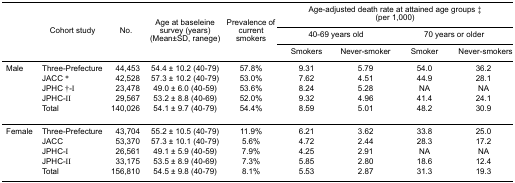
<table><thead><tr><td rowspan="5"></td><td rowspan="5"><b>Cohort study</b></td><td rowspan="5"><b>No.</b></td><td rowspan="5"><b>Age at baseleinesurvey (years)(Mean±SD, ranege)</b></td><td rowspan="5"><b>Prevalence ofcurrentsmokers</b></td><td colspan="4"><b>Age-adjusted death rate at attained age groups ‡(per 1,000)</b></td></tr><tr><td colspan="2"><b>40-69 years old</b></td><td colspan="2"><b>70 years or older</b></td></tr><tr><td><b>Smokers</b></td><td><b>Never-smoker</b></td><td><b>Smokers</b></td><td><b>Never-smoker</b></td></tr></thead><tbody><tr><td rowspan="5">Male</td><td>Three-Prefecture</td><td>44,453</td><td>54.4 ± 10.2 (40-79)</td><td>57.8%</td><td>9.31</td><td>5.79</td><td>54.0</td><td>36.2</td></tr><tr><td>JACC *</td><td>42,528</td><td>57.3 ± 10.2 (40-79)</td><td>53.0%</td><td>7.62</td><td>4.51</td><td>44.9</td><td>28.1</td></tr><tr><td>JPHC †-I</td><td>23,478</td><td>49.0 ± 6.0 (40-59)</td><td>53.6%</td><td>8.24</td><td>5.28</td><td>NA</td><td>NA</td></tr><tr><td>JPHC-II</td><td>29,567</td><td>53.2 ± 8.8 (40-69)</td><td>52.0%</td><td>9.32</td><td>4.96</td><td>41.4</td><td>24.1</td></tr><tr><td>Total</td><td>140,026</td><td>54.1 ± 9.7 (40-79)</td><td>54.4%</td><td>8.59</td><td>5.01</td><td>48.2</td><td>30.9</td></tr><tr><td colspan="9"> </td></tr><tr><td rowspan="5">Female</td><td>Three-Prefecture</td><td>43,704</td><td>55.2 ± 10.5 (40-79)</td><td>11.9%</td><td>6.21</td><td>3.62</td><td>33.8</td><td>25.0</td></tr><tr><td>JACC</td><td>53,370</td><td>57.3 ± 10.1 (40-79)</td><td>5.6%</td><td>4.72</td><td>2.44</td><td>28.3</td><td>17.2</td></tr><tr><td>JPHC-I</td><td>26,561</td><td>49.1 ± 5.9 (40-59)</td><td>7.9%</td><td>4.25</td><td>2.91</td><td>NA</td><td>NA</td></tr><tr><td>JPHC-II</td><td>33,175</td><td>53.5 ± 8.9 (40-69)</td><td>7.3%</td><td>5.85</td><td>2.80</td><td>18.6</td><td>12.4</td></tr><tr><td>Total</td><td>156,810</td><td>54.5 ± 9.8 (40-79)</td><td>8.1%</td><td>5.53</td><td>2.87</td><td>31.3</td><td>19.3</td></tr></tbody></table>